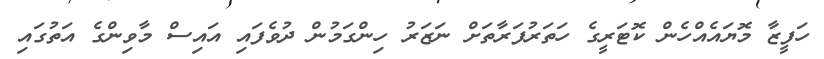
ހަފީޒާ މޮޔައެއްހެން ކޮޓަރީގެ ހަތަރުފަރާތަށް ނަޒަރު ހިންގަމުން ދުވެފައި އައިސް މާވިންގެ އަތުގައި